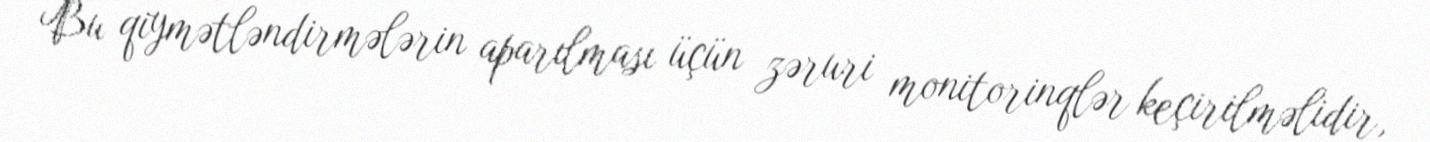
Bu qiymətləndirmələrin aparılması üçün zəruri monitorinqlər keçirilməlidir,